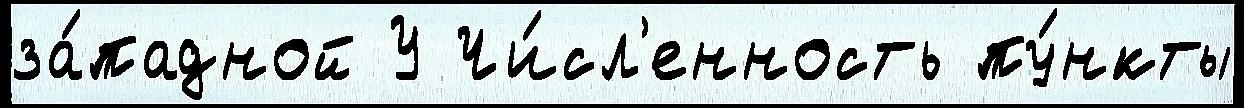
за́падной У Чи́сл'енность пу́нкты